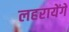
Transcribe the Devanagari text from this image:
लहरायेंगे